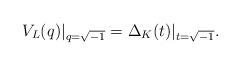
LaTeX: \begin{align*}V_L(q)\vert_{q=\sqrt{-1}}=\Delta_K(t)\vert_{t=\sqrt{-1}}.\end{align*}